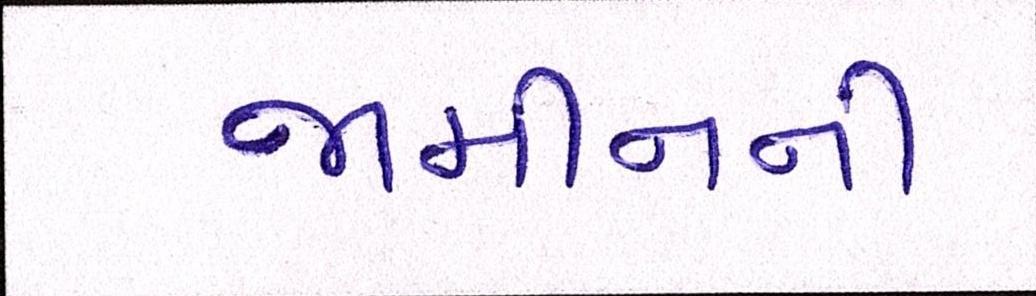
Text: જામીનની